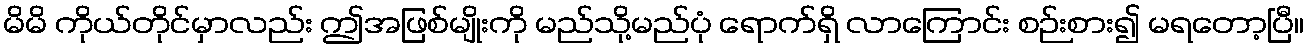
မိမိ ကိုယ်တိုင်မှာလည်း ဤအဖြစ်မျိုးကို မည်သို့မည်ပုံ ရောက်ရှိ လာကြောင်း စဉ်းစား၍ မရတော့ပြီ။